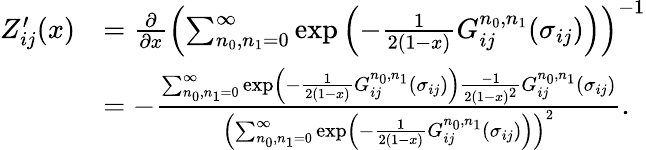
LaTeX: \begin{array}{rl}{Z_{ij}^{\prime}(x)}&{=\frac{\partial}{\partial x}\left(\sum_{n_{0},n_{1}=0}^{\infty}\exp\left(-\frac{1}{2(1-x)}G_{ij}^{n_{0},n_{1}}(\sigma_{ij})\right)\right)^{-1}}\\ &{=-\frac{\sum_{n_{0},n_{1}=0}^{\infty}\exp\left(-\frac{1}{2(1-x)}G_{ij}^{n_{0},n_{1}}(\sigma_{ij})\right)\frac{-1}{2(1-x)^{2}}G_{ij}^{n_{0},n_{1}}(\sigma_{ij})}{\left(\sum_{n_{0},n_{1}=0}^{\infty}\exp\left(-\frac{1}{2(1-x)}G_{ij}^{n_{0},n_{1}}(\sigma_{ij})\right)\right)^{2}}.}\end{array}